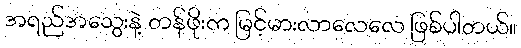
အရည်အသွေးနဲ့ တန်ဖိုးက မြင့်မားလာလေလေ ဖြစ်ပါတယ်။